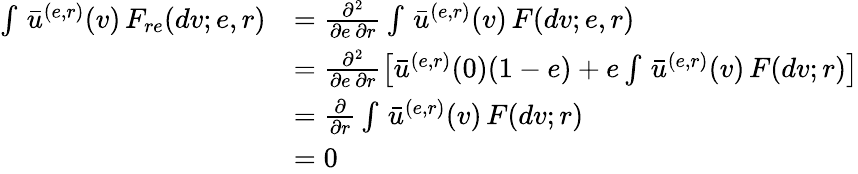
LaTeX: \begin{array}{rl}{\int\, \bar{u}^{(e,r)}(v)\, F_{re}(dv;e,r)}&{=\frac{\partial^{2}}{\partial e\, \partial r}\int\, \bar{u}^{(e,r)}(v)\, F(dv;e,r)}\\ &{=\frac{\partial^{2}}{\partial e\, \partial r}\left[\bar{u}^{(e,r)}(0)(1-e)+e\int\, \bar{u}^{(e,r)}(v)\, F(dv;r)\right]}\\ &{=\frac{\partial}{\partial r}\int\, \bar{u}^{(e,r)}(v)\, F(dv;r)}\\ &{=0}\end{array}